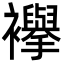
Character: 襷